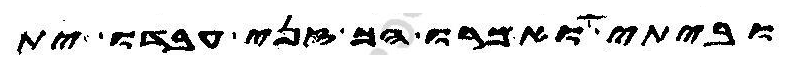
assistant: וביתי ואמרו הך זני עבדו ית